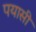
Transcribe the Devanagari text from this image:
पयासी